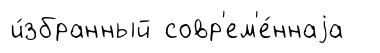
и́збранный совр'ем'е́ннаjа